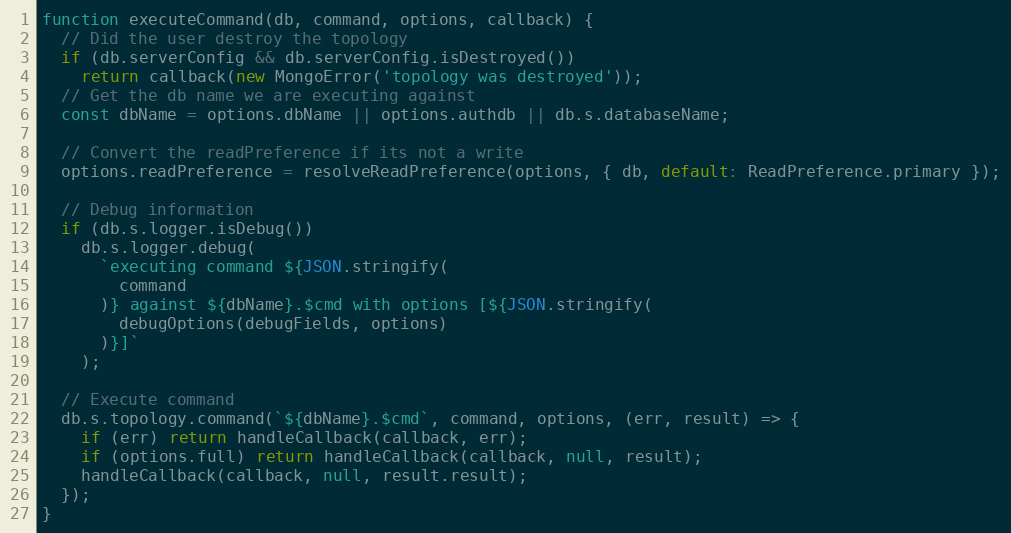
Language: JavaScript
function executeCommand(db, command, options, callback) {
  // Did the user destroy the topology
  if (db.serverConfig && db.serverConfig.isDestroyed())
    return callback(new MongoError('topology was destroyed'));
  // Get the db name we are executing against
  const dbName = options.dbName || options.authdb || db.s.databaseName;

  // Convert the readPreference if its not a write
  options.readPreference = resolveReadPreference(options, { db, default: ReadPreference.primary });

  // Debug information
  if (db.s.logger.isDebug())
    db.s.logger.debug(
      `executing command ${JSON.stringify(
        command
      )} against ${dbName}.$cmd with options [${JSON.stringify(
        debugOptions(debugFields, options)
      )}]`
    );

  // Execute command
  db.s.topology.command(`${dbName}.$cmd`, command, options, (err, result) => {
    if (err) return handleCallback(callback, err);
    if (options.full) return handleCallback(callback, null, result);
    handleCallback(callback, null, result.result);
  });
}